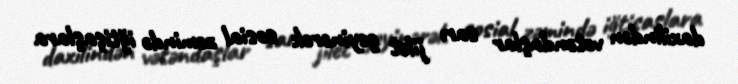
daxilindən vətəndaşlar sarı jilet geyinərək sosial zəmində iğtişaşlara